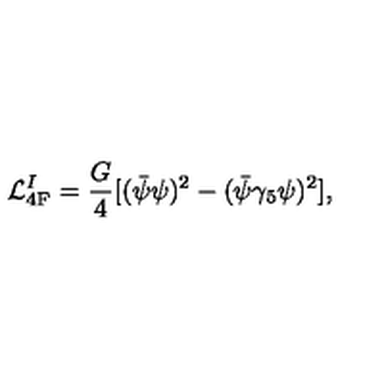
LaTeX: { \cal L } _ { \mathrm { 4 F } } ^ { I } = \frac { G } { 4 } [ ( \bar { \psi } \psi ) ^ { 2 } - ( \bar { \psi } \gamma _ { 5 } \psi ) ^ { 2 } ] ,